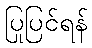
ပြုပြင်ရန်